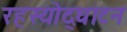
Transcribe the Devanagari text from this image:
रहस्‍योद्घाटन